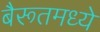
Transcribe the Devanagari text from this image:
बैरूतमध्ये